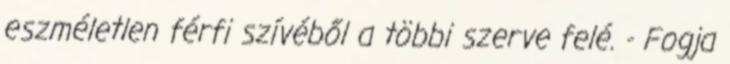
eszméletlen férfi szívéből a többi szerve felé. - Fogja